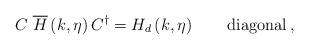
LaTeX: \begin{align*}C \; \overline{H} \left( k, \eta \right) C^\dagger = H_d\left( k, \eta \right) \qquad \mbox{diagonal} \,,\end{align*}